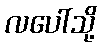
လပေါ်သို့